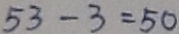
5 3 - 3 = 5 0